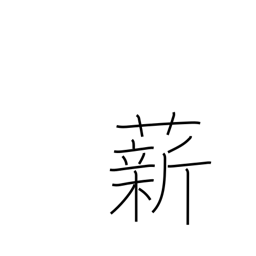
Meaning: fuel